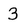
Character: 3